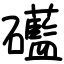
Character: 礷